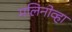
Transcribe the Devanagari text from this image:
मलिनोव्हा